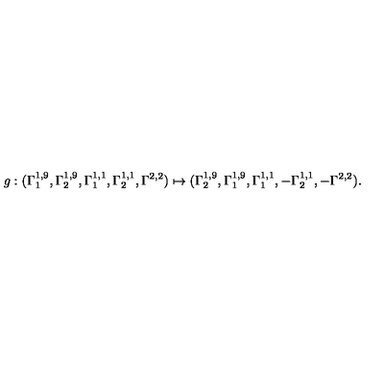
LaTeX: g : ( \Gamma _ { 1 } ^ { 1 , 9 } , \Gamma _ { 2 } ^ { 1 , 9 } , \Gamma _ { 1 } ^ { 1 , 1 } , \Gamma _ { 2 } ^ { 1 , 1 } , \Gamma ^ { 2 , 2 } ) \mapsto ( \Gamma _ { 2 } ^ { 1 , 9 } , \Gamma _ { 1 } ^ { 1 , 9 } , \Gamma _ { 1 } ^ { 1 , 1 } , - \Gamma _ { 2 } ^ { 1 , 1 } , - \Gamma ^ { 2 , 2 } ) .